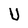
Character: U